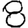
Digit: 8